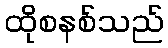
ထိုစနစ်သည်